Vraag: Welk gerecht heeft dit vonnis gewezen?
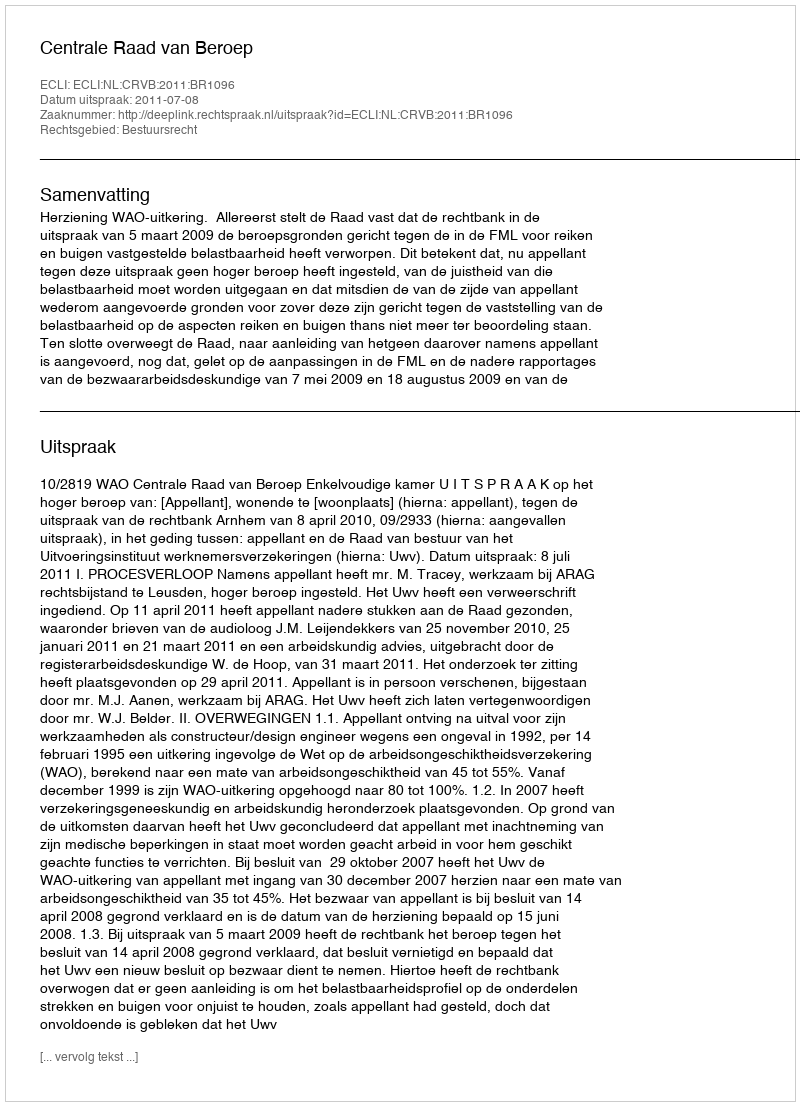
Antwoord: Centrale Raad van Beroep